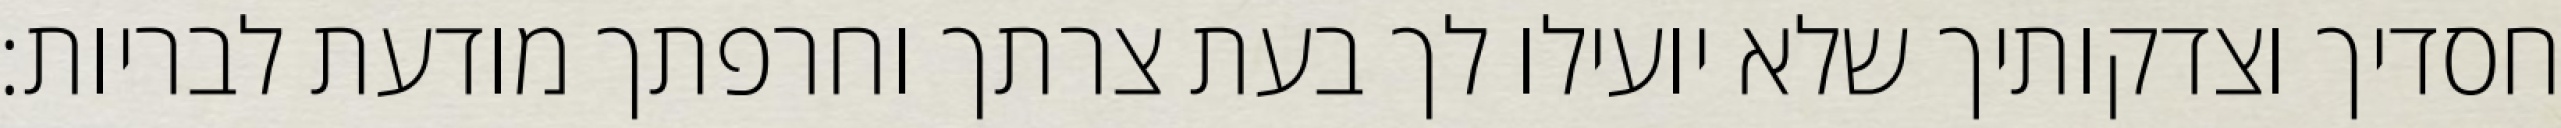
חסדיך וצדקותיך שלא יועילו לך בעת צרתך וחרפתך מודעת לבריות: